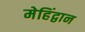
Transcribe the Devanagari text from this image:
मेहिंद्वान